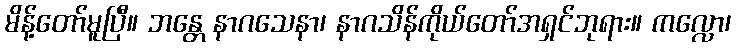
မိန့်တော်မူပြီ။ ဘန္တေ နာဂသေနာ၊ နာဂသိန်ကိုယ်တော်အရှင်ဘုရား။ ကလ္လော၊